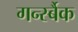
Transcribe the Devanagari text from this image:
गर्न्स्बैक